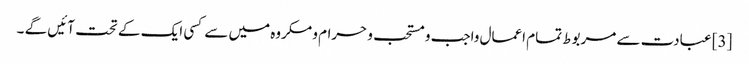
[3] عبادت سے مربوط تمام اعمال واجب و مستحب و حرام و مکروه میں سے کسی ایک کے تحت آئیں گے ۔